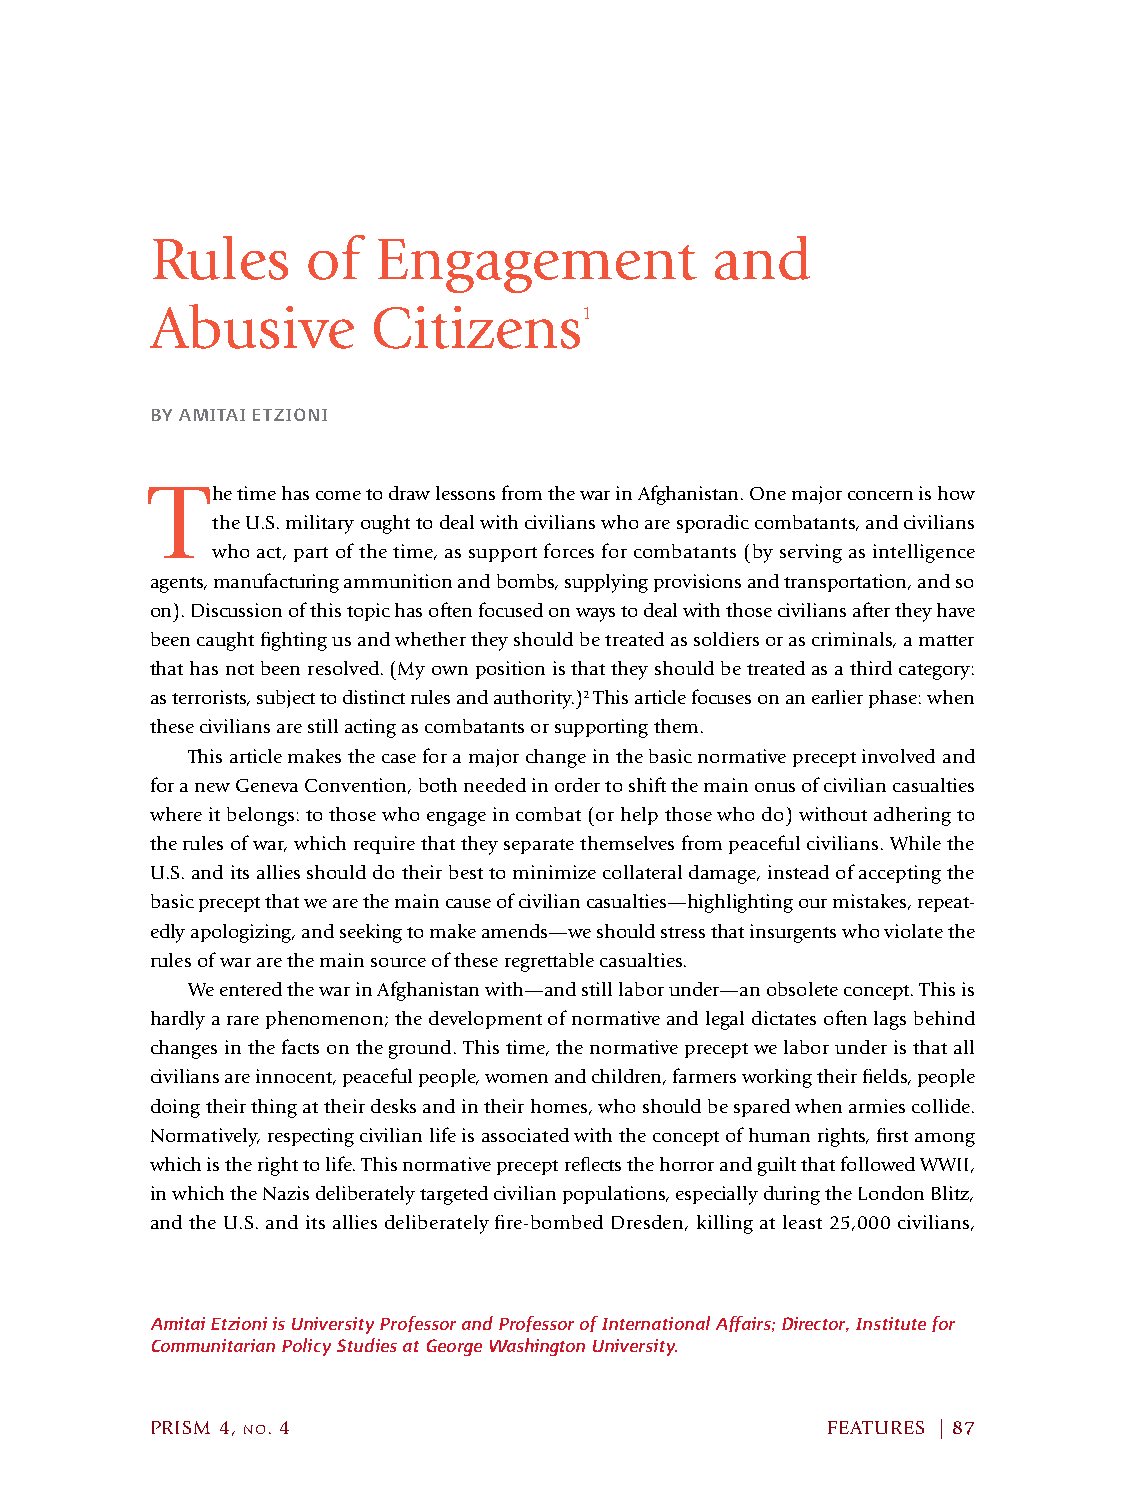
Rules     of   Engagement            and
 Abusive        Citizens1
 BY AMITAI ETZIONI
 T
 he time has come to draw lessons from the war in Afghanistan. One major concern is how
 the U.S. military ought to deal with civilians who are sporadic combatants, and civilians
 who act, part of the time, as support forces for combatants (by serving as intelligence
 agents, manufacturing ammunition and bombs, supplying provisions and transportation, and so
 on). Discussion of this topic has often focused on ways to deal with those civilians after they have
 been caught fighting us and whether they should be treated as soldiers or as criminals, a matter
 that has not been resolved. (My own position is that they should be treated as a third category:
 as terrorists, subject to distinct rules and authority.)2 This article focuses on an earlier phase: when
 these civilians are still acting as combatants or supporting them.
 This article makes the case for a major change in the basic normative precept involved and
 for a new Geneva Convention, both needed in order to shift the main onus of civilian casualties
 where it belongs: to those who engage in combat (or help those who do) without adhering to
 the rules of war, which require that they separate themselves from peaceful civilians. While the
 U.S. and its allies should do their best to minimize collateral damage, instead of accepting the
 basic precept that we are the main cause of civilian casualties—highlighting our mistakes, repeat-
 edly apologizing, and seeking to make amends—we should stress that insurgents who violate the
 rules of war are the main source of these regrettable casualties.
 We entered the war in Afghanistan with—and still labor under—an obsolete concept. This is
 hardly a rare phenomenon; the development of normative and legal dictates often lags behind
 changes in the facts on the ground. This time, the normative precept we labor under is that all
 civilians are innocent, peaceful people, women and children, farmers working their fields, people
 doing their thing at their desks and in their homes, who should be spared when armies collide.
 Normatively, respecting civilian life is associated with the concept of human rights, first among
 which is the right to life. This normative precept reflects the horror and guilt that followed WWII,
 in which the Nazis deliberately targeted civilian populations, especially during the London Blitz,
 and the U.S. and its allies deliberately fire-bombed Dresden, killing at least 25,000 civilians,
 Amitai Etzioni is University Professor and Professor of International Affairs; Director, Institute for
 Communitarian Policy Studies at George Washington University.
 PRISM 4, no. 4                               FEATURES | 87